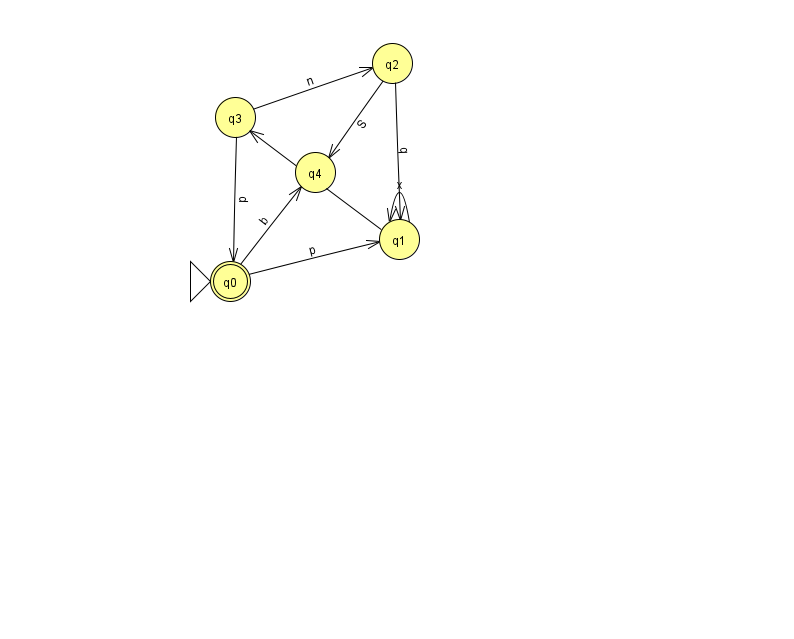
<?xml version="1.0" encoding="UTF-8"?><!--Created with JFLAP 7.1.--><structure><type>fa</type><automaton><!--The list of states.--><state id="0" name="q0"><x>230.0</x><y>268.0</y><initial/><final/></state><state id="1" name="q1"><x>399.0</x><y>226.0</y></state><state id="2" name="q2"><x>392.0</x><y>50.0</y></state><state id="3" name="q3"><x>235.0</x><y>104.0</y></state><state id="4" name="q4"><x>315.0</x><y>159.0</y></state><!--The list of transitions.--><transition><from>3</from><to>2</to><read>n</read></transition><transition><from>2</from><to>1</to><read>q</read></transition><transition><from>0</from><to>1</to><read>p</read></transition><transition><from>1</from><to>1</to><read>x</read></transition><transition><from>2</from><to>4</to><read>S</read></transition><transition><from>0</from><to>4</to><read>b</read></transition><transition><from>1</from><to>3</to><read>U</read></transition><transition><from>3</from><to>0</to><read>p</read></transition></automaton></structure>